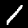
Label: 1